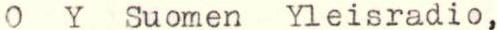
O Y Suomen Yleisradio,